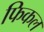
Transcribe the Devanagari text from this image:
फिकल